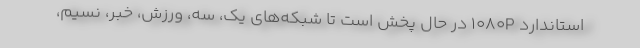
استاندارد ۱۰۸۰P در حال پخش است تا شبکه‌های یک، سه، ورزش، خبر، نسیم،